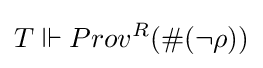
T\Vdash Prov^{R}(\#(\neg \rho ))